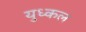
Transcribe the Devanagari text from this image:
युध्कल